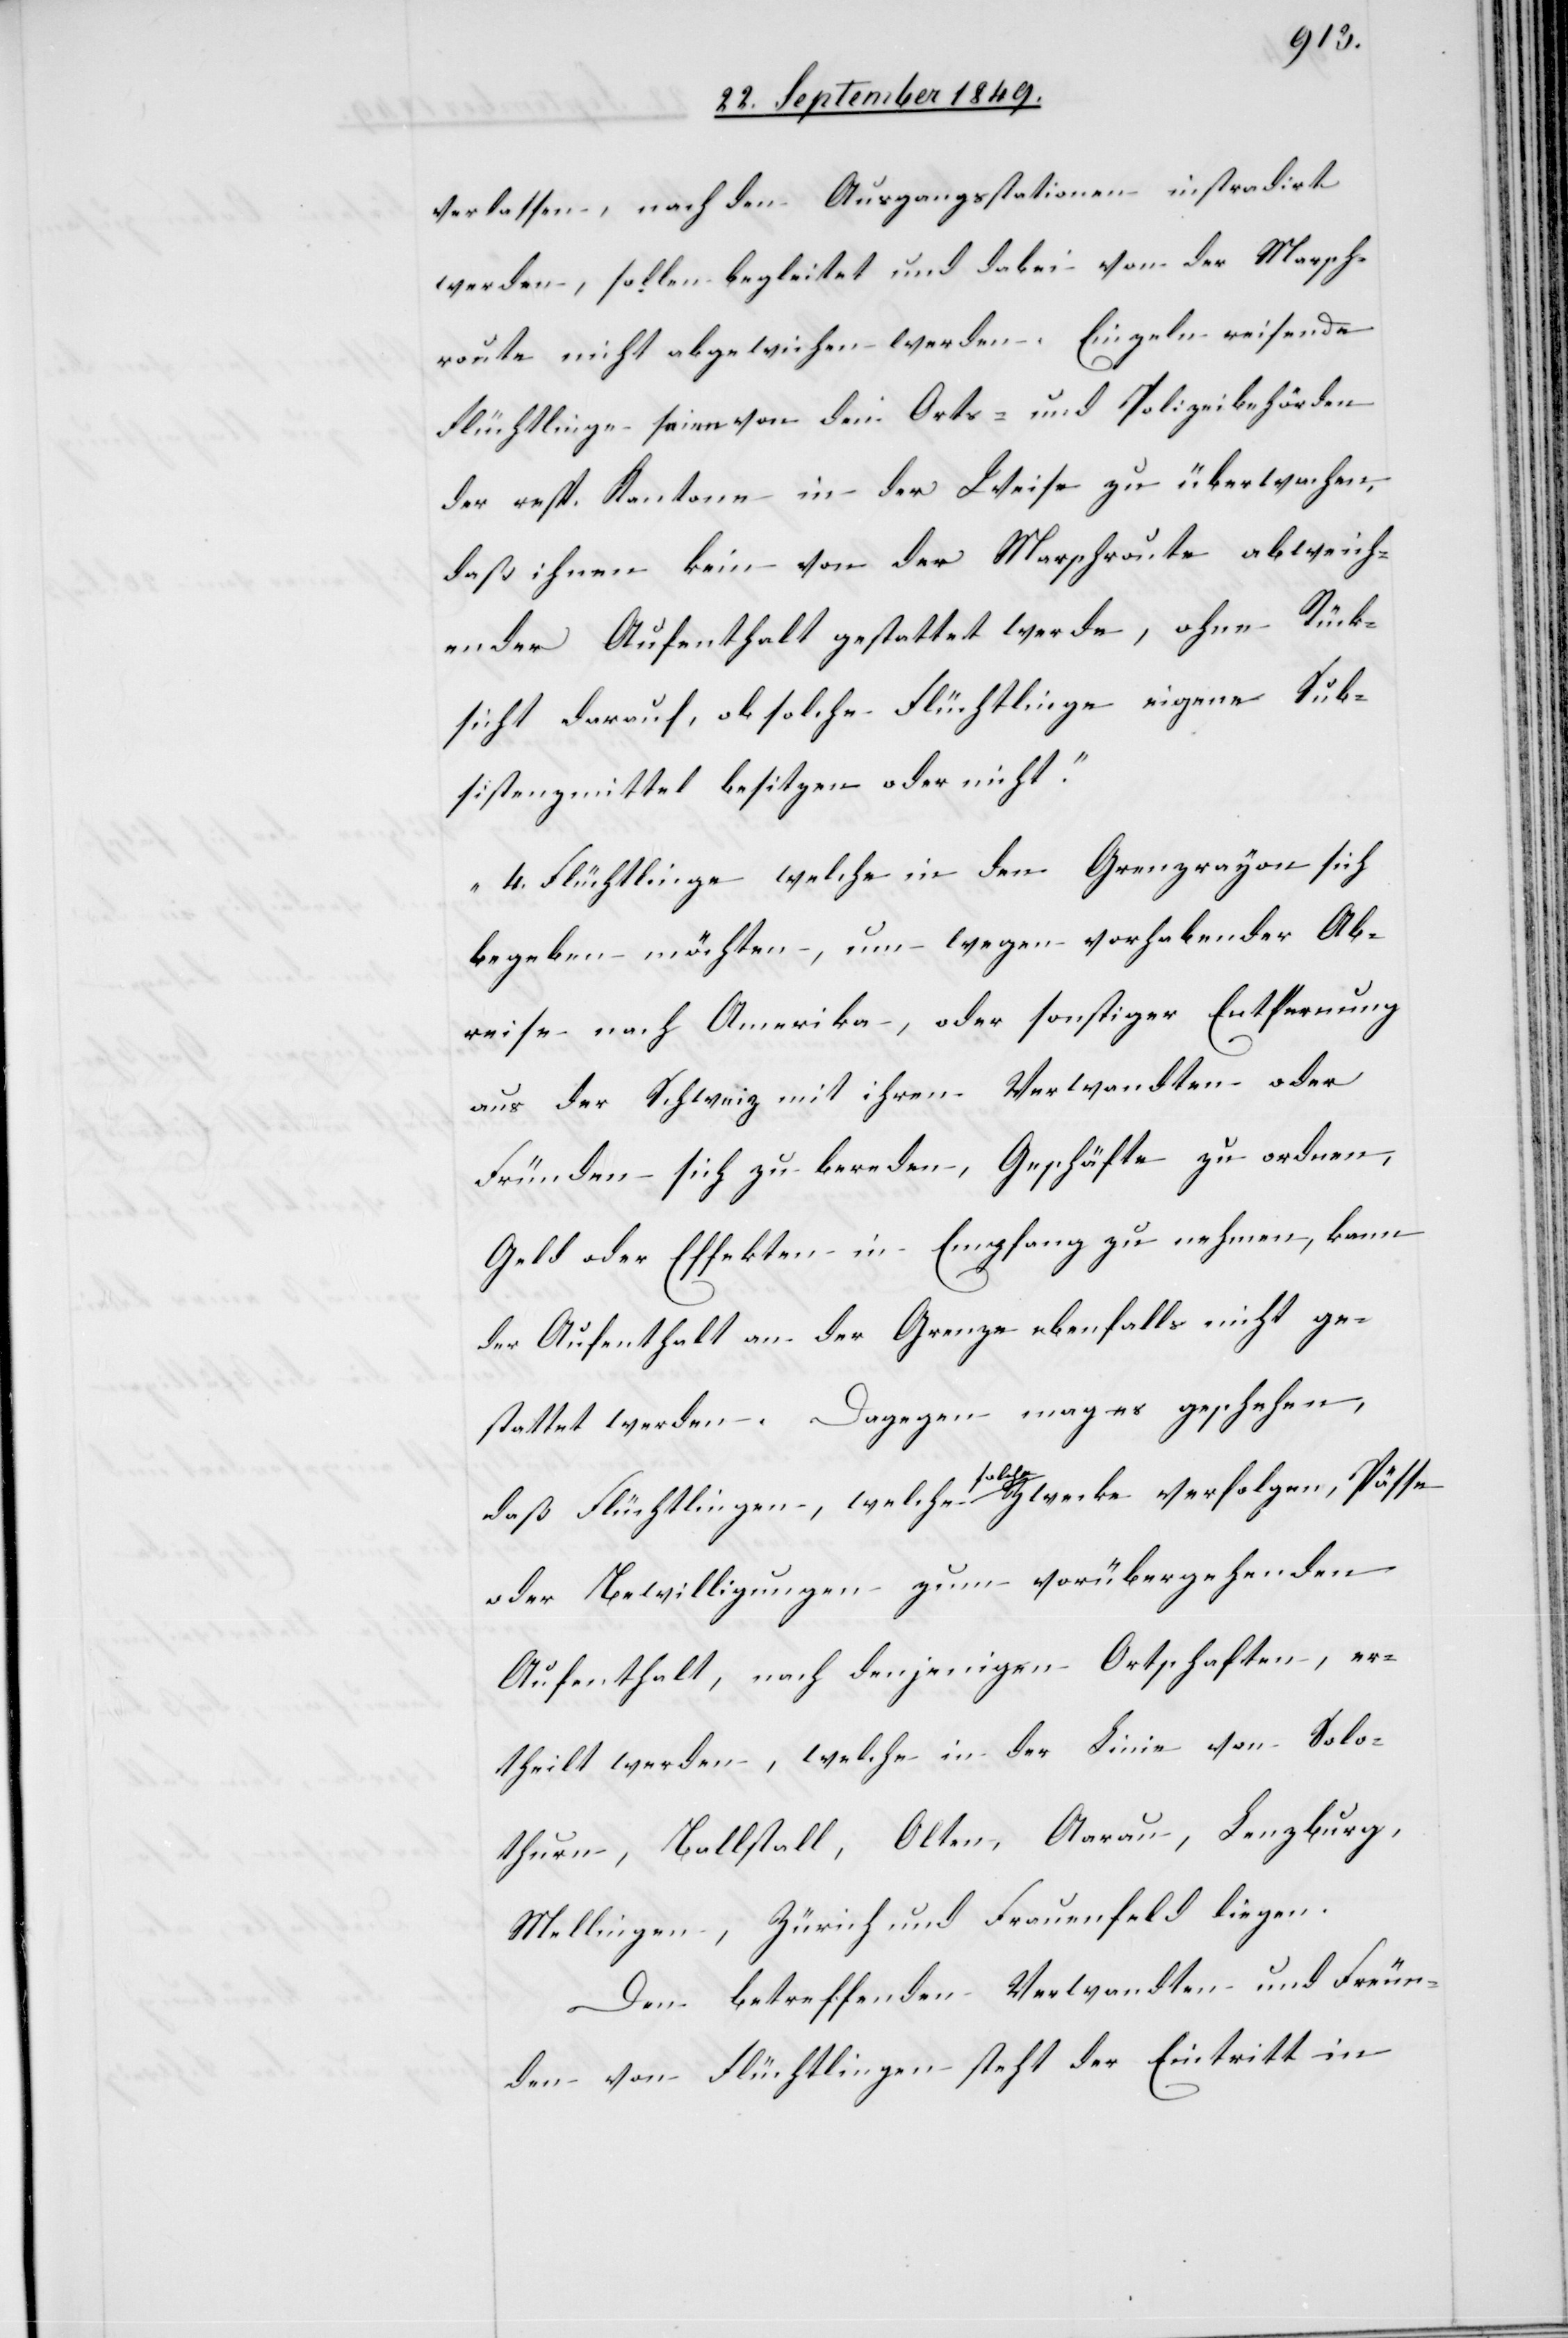
verlassen, nach den Ausgangsstationen instradirt
werden, sollen begleitet und dabei von der Marsch¬
route nicht abgewiesen werden. Einzeln reisende
Flüchtlinge seien von den Orts- und Polizeibehörden
der resp. Kantone in der Weise zu überwachen,
daß ihnen kein von der Marschroute abweich¬
ender Aufenthalt gestattet werde, ohne Rück¬
sicht darauf, ob solche Flüchtlinge eigene Sub¬
sistenzmittel besitzen oder nicht.“
„4. Flüchtlinge welche in den Grenzrayon sich
begeben möchten, um wegen vorhabender Ab¬
reise nach Amerika, oder sonstiger Entfernung
aus der Schweiz mit ihren Verwandten oder
Fründen sich zu bereden, Geschäfte zu ordnen,
Geld oder Effekten in Empfang zu nehmen, kann
der Aufenthalt an der Grenze ebenfalls nicht ge¬
stattet werden. Dagegen mag es geschehen,
daß Flüchtlingen, welche solche Zwecke verfolgen, Pässe
oder Bewilligungen zum vorübergehenden
Aufenthalt, nach denjenigen Ortschaften, er¬
theilt werden, welche in der Linie von Solo¬
thurn, Ballstall, Olten, Aarau, Lenzburg,
Mellingen, Zürich und Frauenfeld liegen.
Den betreffenden Verwandten und Freun¬
den von Flüchtlingen steht der Eintritt in